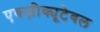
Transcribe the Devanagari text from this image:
एक्ज़ीक्यूटेबल